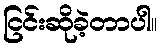
ငြင်းဆိုခဲ့တာပါ။